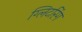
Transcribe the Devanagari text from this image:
ग्लिटरिंग